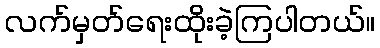
လက်မှတ်ရေးထိုးခဲ့ကြပါတယ်။